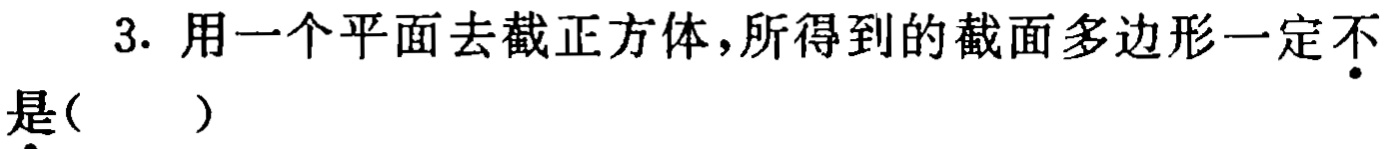
3. 用一个平面去截正方体，所得到的截面多边形一定不•是( )